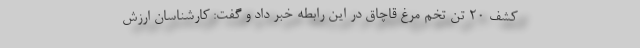
کشف ۲۰ تن تخم مرغ قاچاق در این رابطه خبر داد و گفت: کارشناسان ارزش